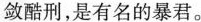
殓酷刑，是有名的暴君。